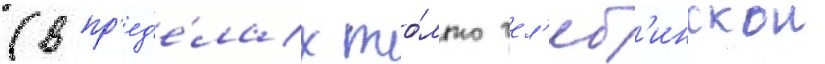
(в пр'ед'е́лах то́лько чел'яб'инскои